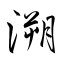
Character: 溯